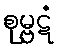
စုမ္ဗဋံ